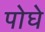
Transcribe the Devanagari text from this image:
पोघे